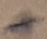
Text: +